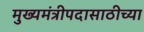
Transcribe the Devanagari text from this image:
मुख्यमंत्रीपदासाठीच्या